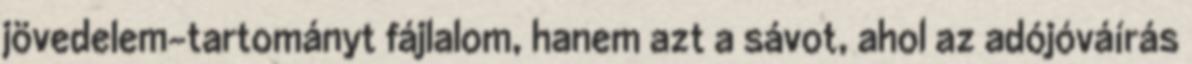
jövedelem-tartományt fájlalom, hanem azt a sávot, ahol az adójóváírás